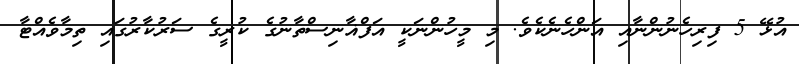
އުޅޭ 5 ފިރިހެނުންނާއި އަންހެނެކެވެ. މި މީހުންނަކީ އަފްޣާނިސްތާނުގެ ކުރީގެ ސަރުކާރުގައި ތިމާވެއްޓާ